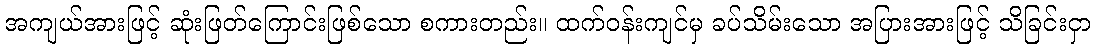
အကျယ်အားဖြင့် ဆုံးဖြတ်ကြောင်းဖြစ်သော စကားတည်း။ ထက်ဝန်းကျင်မှ ခပ်သိမ်းသော အပြားအားဖြင့် သိခြင်းငှာ